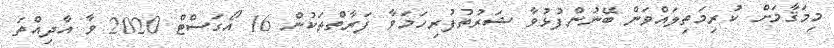
މިމަޤާމަށް ކުރިމަތިލައްވަން ބޭނުންފުޅުވާ ޝަރުތުފުރިހަމަވާ ފަރާތްތަކުން 16 އޯގަސްޓް 2020 ވާ އާދިއްތަ